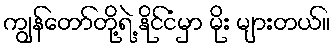
ကျွန်တော်တို့ရဲ့ နိုင်ငံမှာ မိုး များတယ်။